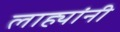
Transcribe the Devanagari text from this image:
लाह्यांनी